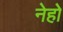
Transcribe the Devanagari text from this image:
नेहो